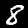
Digit: 8